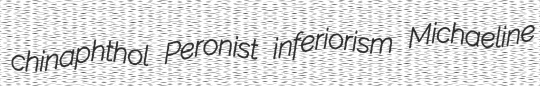
chinaphthol Peronist inferiorism Michaeline